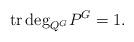
LaTeX: \begin{align*}{\rm tr\,deg}_{Q^G}P^G=1.\end{align*}